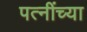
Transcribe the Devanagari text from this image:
पत्नींच्या